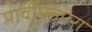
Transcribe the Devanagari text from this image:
पार्वीफ्लोरा